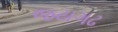
જયગઢ